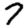
Digit: 7